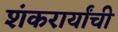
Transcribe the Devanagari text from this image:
शंकरार्यांची